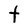
Character: t